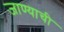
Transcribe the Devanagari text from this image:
जाण्‍याची